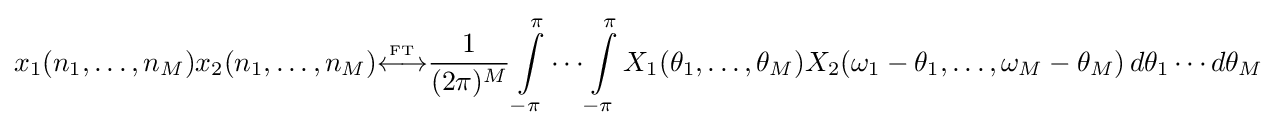
x_{1}(n_{1},\ldots ,n_{M})x_{2}(n_{1},\ldots ,n_{M}){\overset {\underset {\mathrm {FT} }{}}{\longleftrightarrow }}{\frac {1}{(2\pi )^{M}}}\int \limits _{-\pi }^{\pi }\cdots \int \limits _{-\pi }^{\pi }X_{1}(\theta _{1},\ldots ,\theta _{M})X_{2}(\omega _{1}-\theta _{1},\ldots ,\omega _{M}-\theta _{M})\,d\theta _{1}\cdots d\theta _{M}